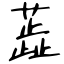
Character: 蕋